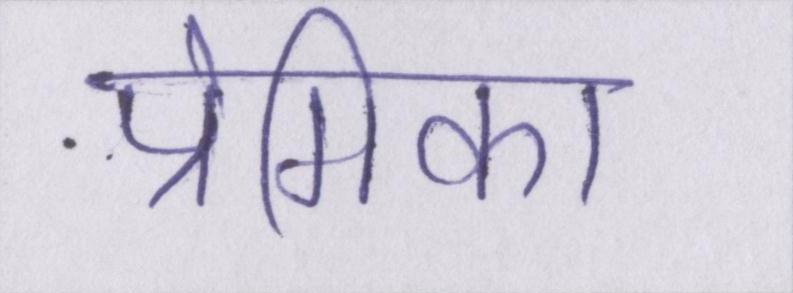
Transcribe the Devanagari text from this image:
प्रेमिका